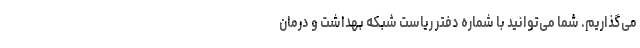
می‌گذاریم. شما می‌توانید با شماره دفتر ریاست شبکه بهداشت و درمان